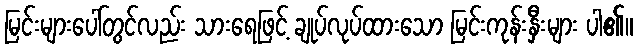
မြင်းများပေါ်တွင်လည်း သားရေဖြင့် ချုပ်လုပ်ထားသော မြင်းကုန်းနှီးများ ပါ၏။